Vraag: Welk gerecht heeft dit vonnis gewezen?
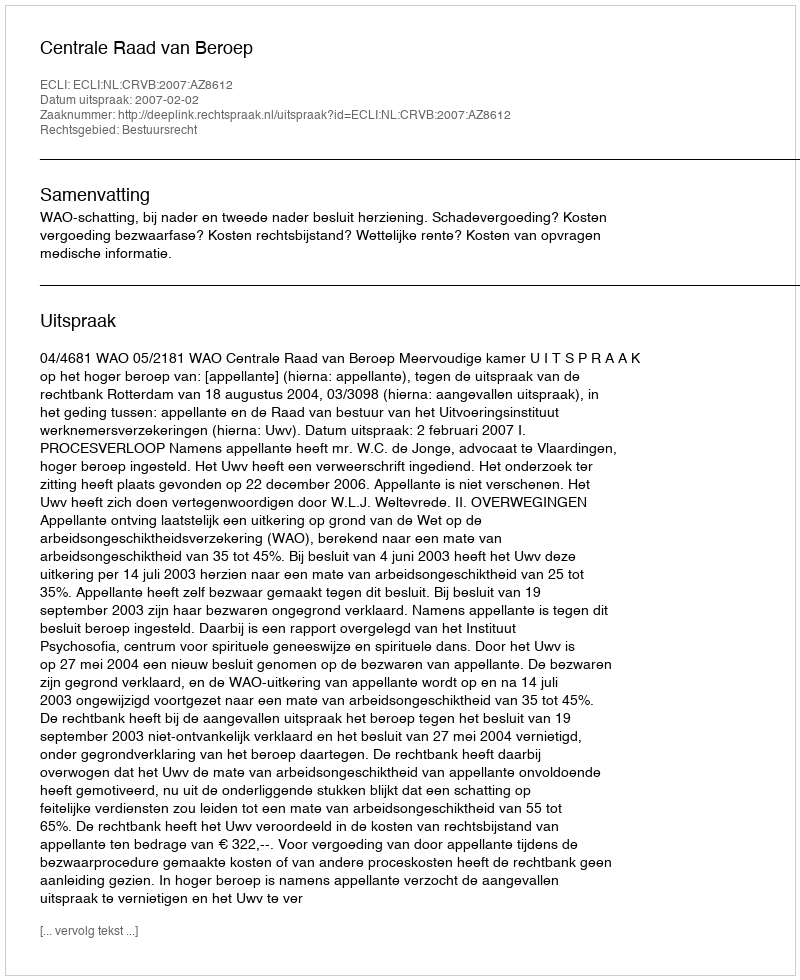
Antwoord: Centrale Raad van Beroep